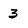
Character: 3